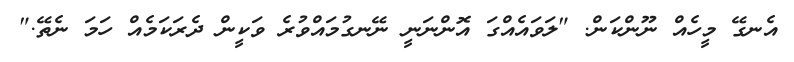
އެނގޭ މީހެއް ނޫންކަން. "ލަވައެއްގަ އޮންނަނީ ނޭނގުމައްވުރެ ވަކީން ދެރަކަމެެއް ހަމަ ނެތޭ."